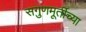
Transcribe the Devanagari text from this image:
सगुणमूर्तीच्या